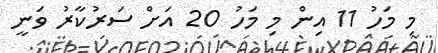
މި މަހު 11 އިން މި މަހު 20 އަށް ސަރުކާރު ވަނީ